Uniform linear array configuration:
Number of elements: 48
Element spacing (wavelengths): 0.25
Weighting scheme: hamming
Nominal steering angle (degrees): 60
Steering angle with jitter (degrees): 61.817
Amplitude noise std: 0.05
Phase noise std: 0.05

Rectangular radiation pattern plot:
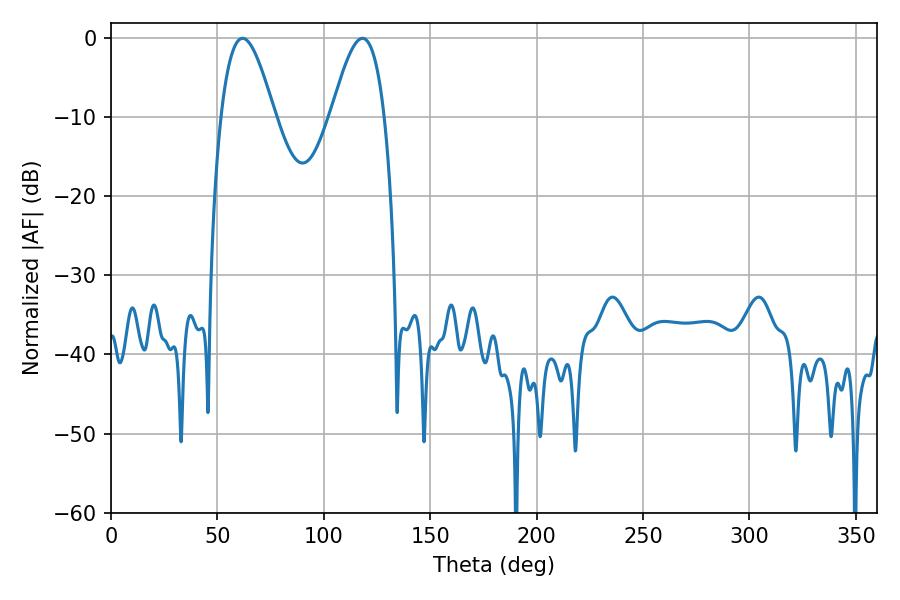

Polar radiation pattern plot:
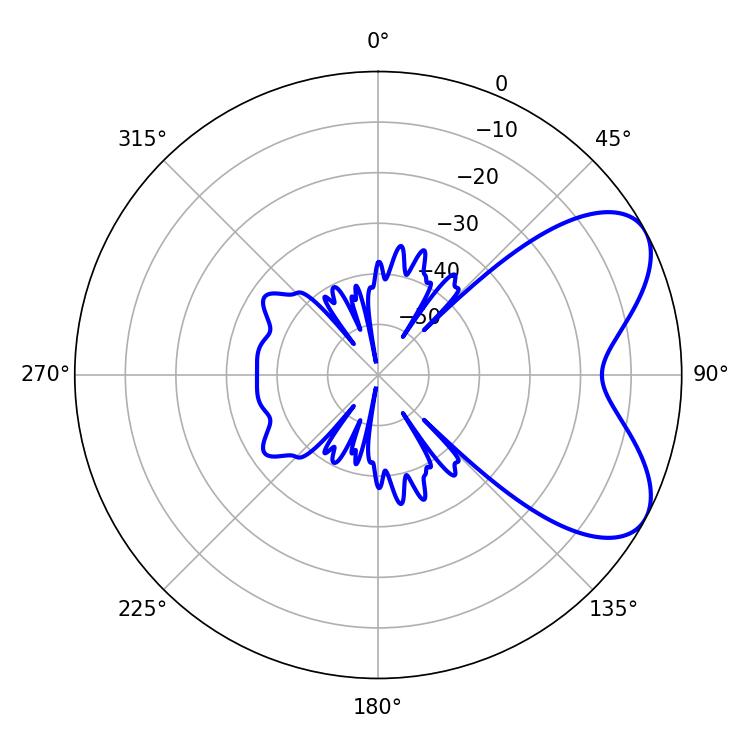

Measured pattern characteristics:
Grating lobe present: FALSE
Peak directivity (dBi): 6.289
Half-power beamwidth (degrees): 13.5
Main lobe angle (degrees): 61.74